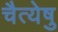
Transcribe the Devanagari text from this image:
चैत्येषु